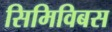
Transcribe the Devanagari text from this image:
सिमिविबस